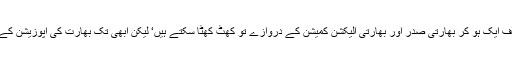
وہ یعنی اپوزیشن والے بھاجپا کی زیادتیوں کے خلاف ایک ہو کر بھارتی صدر اور بھارتی الیکشن کمیشن کے دروازے تو کھٹ کھٹا سکتے ہیں‘ لیکن ابھی تک بھارت کی اپوزیشن کے پاس نہ تو کوئی بطور آپشن لیڈر ہے نہ ہی پالیسی۔